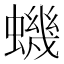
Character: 蟣